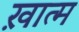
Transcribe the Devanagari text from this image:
ख़ात्म